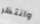
وانتظر